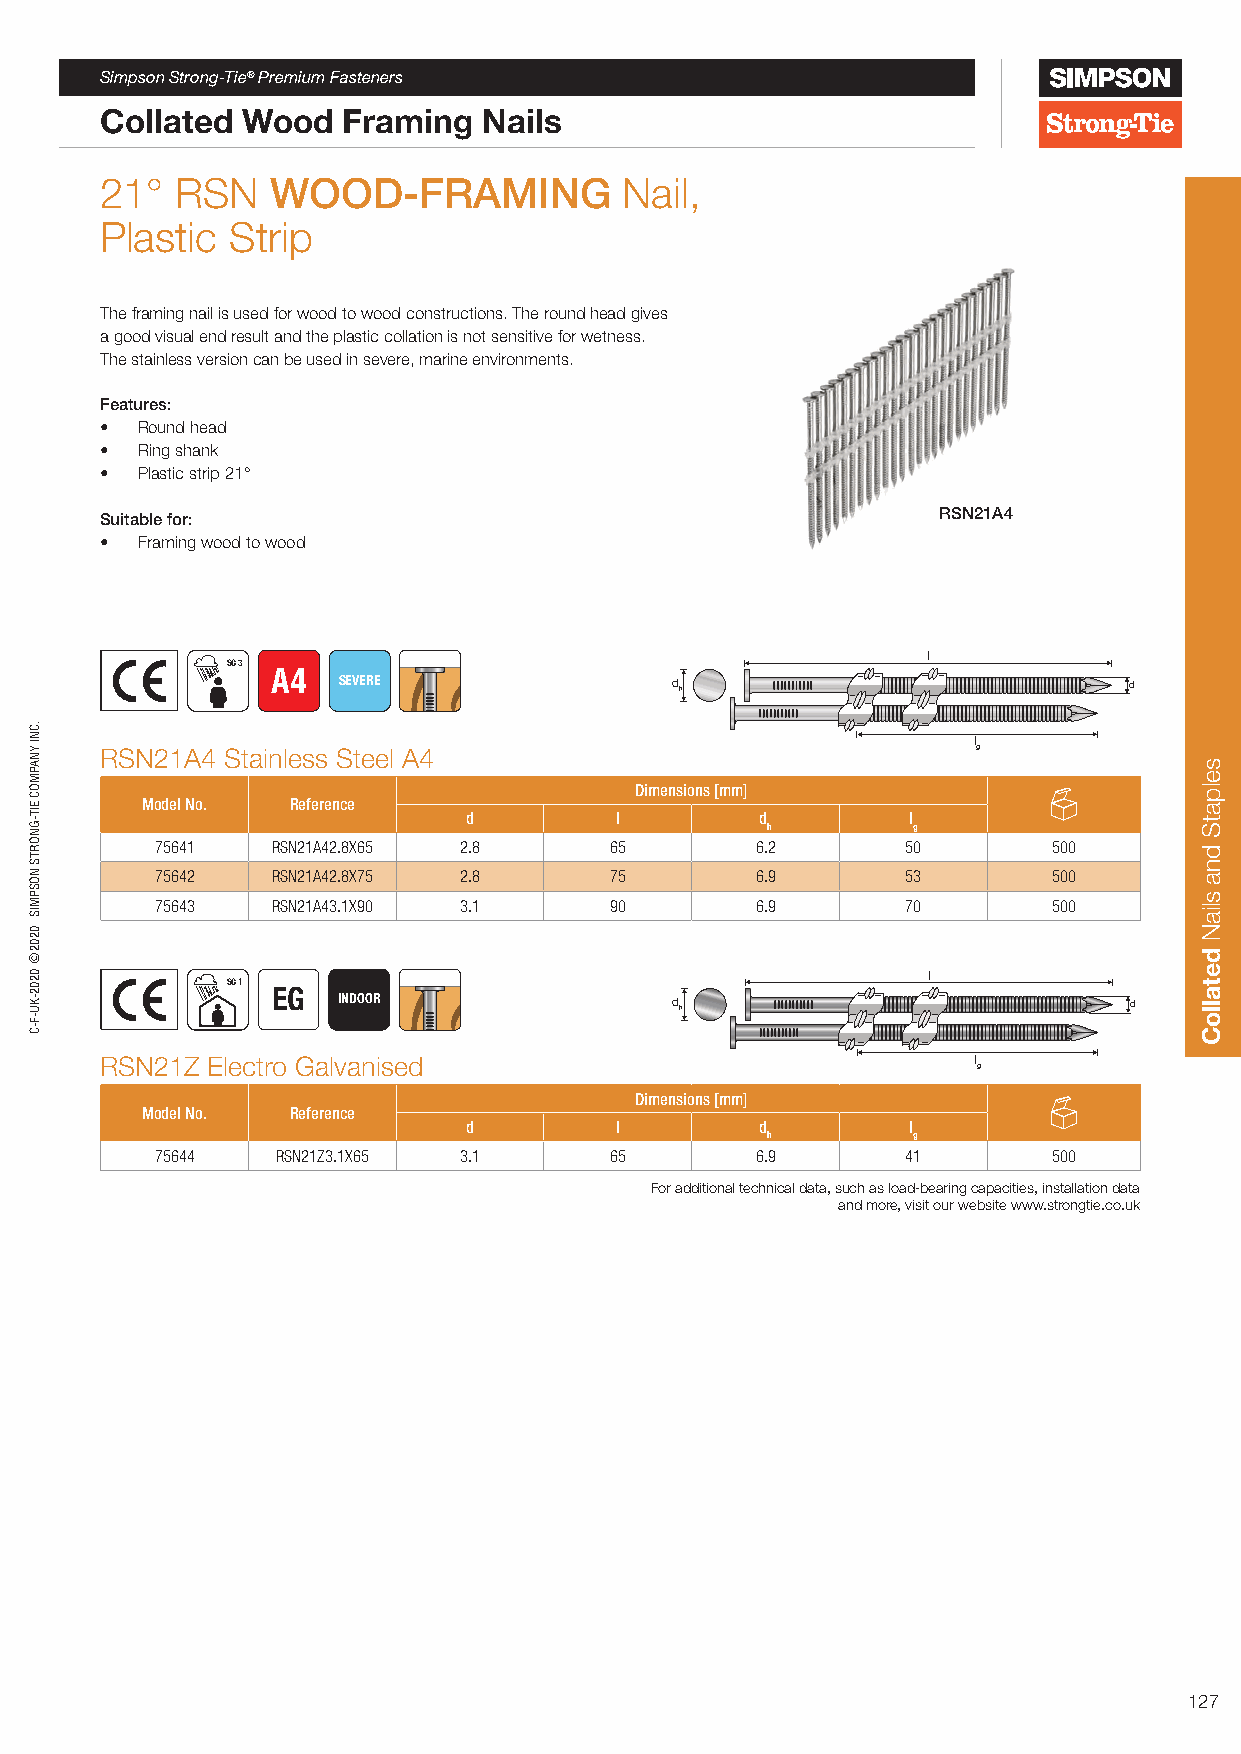
Simpson Strong-Tie® Premium Fasteners
 Collated Wood   Framing  Nails
 21°  RSN   WOOD-FRAMING           Nail,
 Plastic Strip
 The framing nail is used for wood to wood constructions. The round head gives
 a good visual end result and the plastic collation is not sensitive for wetness.
 The stainless version can be used in severe, marine environments.
 Features:
 • Round head
 • Ring shank
 • Plastic strip 21°
 Suitable for:                                          RSN21A4
 • Framing wood to wood
 l
 SC 3
 A4  SEVERE                d h                            d
 l
 RSN21A4 Stainless Steel A4                                g
 Dimensions [mm]
 Model No. Reference
 d         l        d         l
 h        g
 75641   RSN21A42.8X65 2.8     65        6.2       50        500
 75642   RSN21A42.8X75 2.8     75        6.9       53        500
 75643   RSN21A43.1X90 3.1     90        6.9       70        500
 l
 SC 1
 EG
 INDOOR                d h                            d
 RSN21Z Electro Galvanised                                l
 g
 Dimensions [mm]
 Model No. Reference
 d         l        d         l
 h        g
 75644   RSN21Z3.1X65 3.1      65        6.9       41        500
 For additional technical data, such as load-bearing capacities, installation data
 and more, visit our website www.strongtie.co.uk
 127
 .CNI
 YNAPMOC
 EIT-GNORTS
 NOSPMIS
 0202©
 0202-KU-F-C
 selpatS
 dna
 sliaN
 detalloC